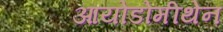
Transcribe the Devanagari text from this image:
आयोडोमीथेन